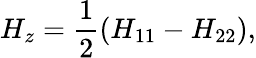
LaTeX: H_{z}=\frac{1}{2}(H_{11}-H_{22}),